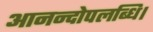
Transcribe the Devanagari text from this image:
आनन्दोपलब्धि।